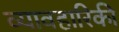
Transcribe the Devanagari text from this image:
व्यावहारिकी